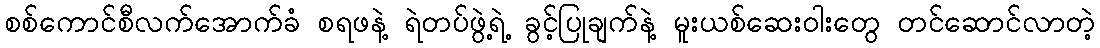
စစ်ကောင်စီလက်အောက်ခံ စရဖနဲ့ ရဲတပ်ဖွဲ့ရဲ့ ခွင့်ပြုချက်နဲ့ မူးယစ်ဆေးဝါးတွေ တင်ဆောင်လာတဲ့